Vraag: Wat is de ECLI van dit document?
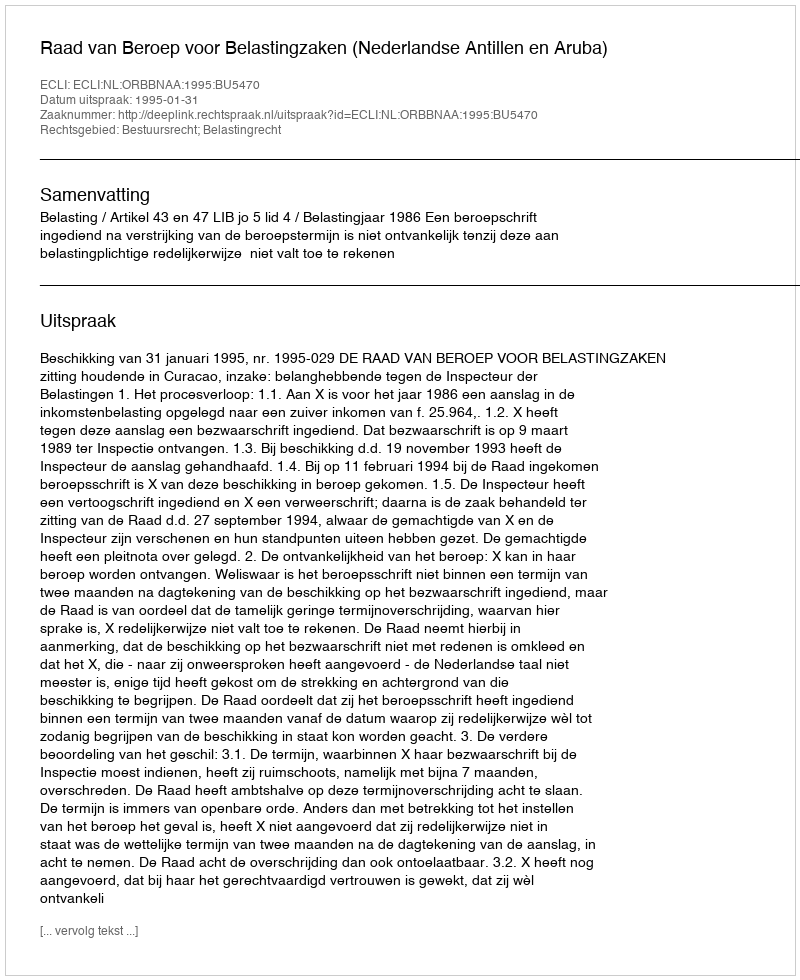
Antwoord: ECLI:NL:ORBBNAA:1995:BU5470